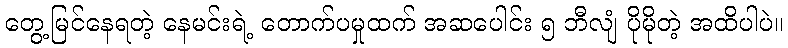
တွေ့မြင်နေရတဲ့ နေမင်းရဲ့ တောက်ပမှုထက် အဆပေါင်း ၅ ဘီလျံ ပိုမိုတဲ့ အထိပါပဲ။